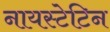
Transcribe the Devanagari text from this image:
नायस्टेटिन